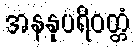
အနနုပရိဝတ္တံ